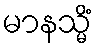
မာနသ္မိံ